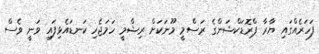
ފަހަރެއްގައި ޔާރާ ޕްރޮޑަކްޝަންގެ ރަސްމީ މޫނަކަށް ރިޝްމީ ހަމަޖެހި ކަނޑައެޅިފައި ވަނީ ވެސް